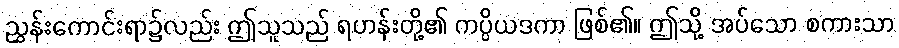
ညွှန်းကောင်းရာ၌လည်း ဤသူသည် ရဟန်းတို့၏ ကပ္ပိယဒကာ ဖြစ်၏။ ဤသို့ အပ်သော စကားသာ